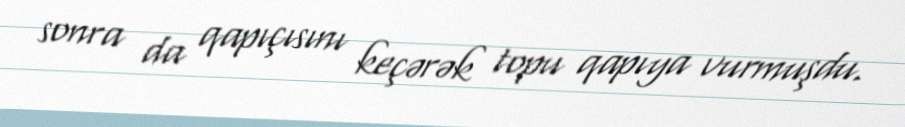
sonra da qapıçısını keçərək topu qapıya vurmuşdu.